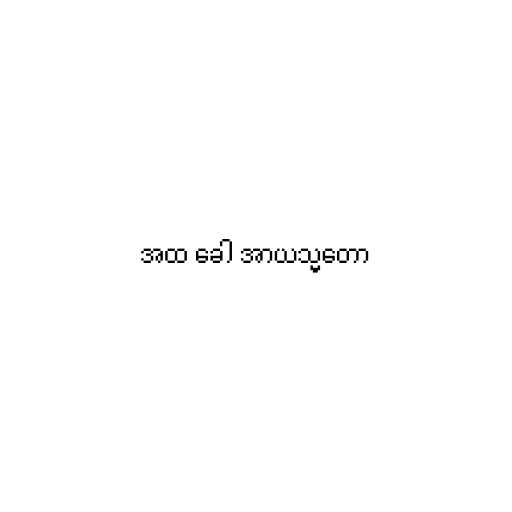
အထ ခေါ အာယသ္မတော